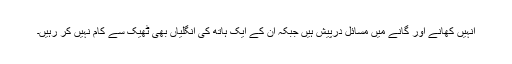
انہیں کھانے اور گانے میں مسائل درپیش ہیں جبکہ ان کے ایک ہاتھ کی انگلیاں بھی ٹھیک سے کام نہیں کر رہیں۔